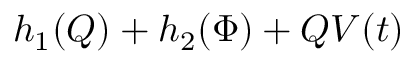
h _ { 1 } ( Q ) + h _ { 2 } ( \Phi ) + Q V ( t )